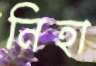
নিহা